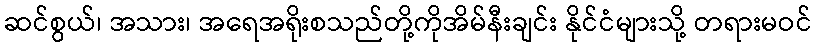
ဆင်စွယ်၊ အသား၊ အရေအရိုးစသည်တို့ကိုအိမ်နီးချင်း နိုင်ငံများသို့ တရားမဝင်